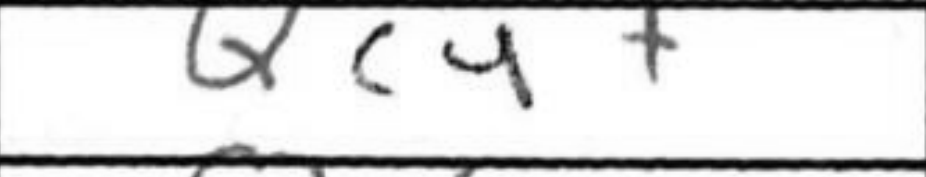
Transcription: Qc4+